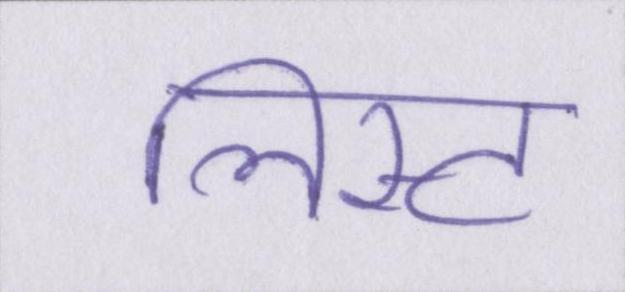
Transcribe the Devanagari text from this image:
लिस्ट